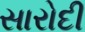
સારોદી